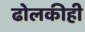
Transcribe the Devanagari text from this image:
ढोलकीही